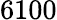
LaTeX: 6100